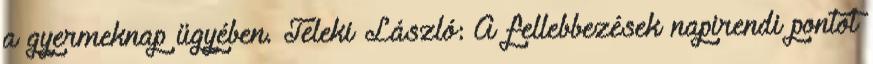
a gyermeknap ügyében. Teleki László: A fellebbezések napirendi pontot